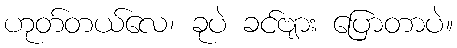
ဟုတ်တယ်လေ၊ ခုပဲ ခင်ဗျား ပြောတာပဲ။